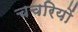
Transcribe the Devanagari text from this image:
चचरियों